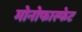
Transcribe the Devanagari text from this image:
मोनोफास्फेट